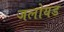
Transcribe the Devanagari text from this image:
जलोयड